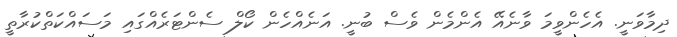
ދިމާވަނީ. އެހެންވީމަ ވާނެއޭ އެންމެން ވެސް ބުނީ. އަނެއްހެން ކޯލް ސެންޓަރެއްގައި މަސައްކަތްކުރާތީ